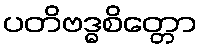
ပတိဗဒ္ဓစိတ္တော